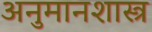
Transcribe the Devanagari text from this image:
अनुमानशास्त्र